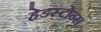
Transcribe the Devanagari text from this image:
हेडस्टोन्स